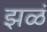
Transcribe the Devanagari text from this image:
झळं